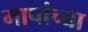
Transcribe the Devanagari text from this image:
मापांच्या